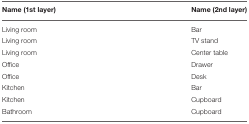
<table><thead><tr><td><b>Name (1st layer)</b></td><td><b>Name (2nd layer)</b></td></tr></thead><tbody><tr><td>Living room</td><td>Bar</td></tr><tr><td>Living room</td><td>TV stand</td></tr><tr><td>Living room</td><td>Center table</td></tr><tr><td>Office</td><td>Drawer</td></tr><tr><td>Office</td><td>Desk</td></tr><tr><td>Kitchen</td><td>Bar</td></tr><tr><td>Kitchen</td><td>Cupboard</td></tr><tr><td>Bathroom</td><td>Cupboard</td></tr></tbody></table>